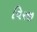
વિરજી